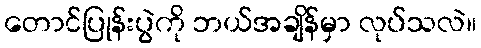
တောင်ပြုန်းပွဲကို ဘယ်အချိန်မှာ လုပ်သလဲ။